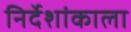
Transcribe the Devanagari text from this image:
निर्देशांकाला